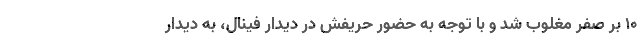
۱۰ بر صفر مغلوب شد و با توجه به حضور حریفش در دیدار فینال، به دیدار